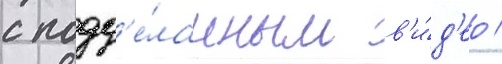
с подд'е́ланным в'и́д'ео /